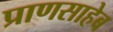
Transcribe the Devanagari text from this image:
प्राणसाहेब